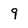
Character: 9